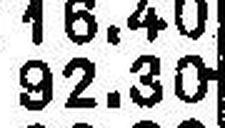
92.30